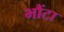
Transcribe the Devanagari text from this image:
भौंटा